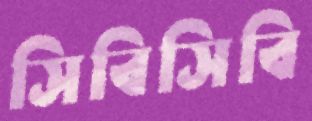
সিবিসিবি